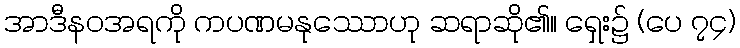
အာဒီနဝအရကို ကပဏမနုဿောဟု ဆရာဆို၏။ ရှေး၌ (ပေ ၇၄)